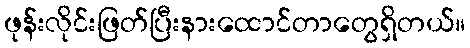
ဖုန်းလိုင်းဖြတ်ပြီးနားထောင်တာတွေရှိတယ်။